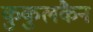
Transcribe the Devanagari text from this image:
कुकुलकैन